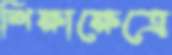
শিক্ষাক্ষেত্রে